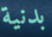
بدنية